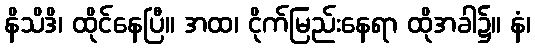
နိသိဒိ၊ ထိုင်နေပြီ။ အထ၊ ငိုက်မြည်းနေရာ ထိုအခါ၌။ နံ၊